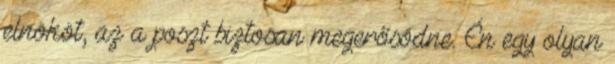
elnököt, az a poszt biztosan megerősödne. Én egy olyan